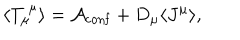
\langle T _ { \mu } ^ { ~ \mu } \rangle = { \cal A } _ { \mathrm { c o n f } } + D _ { \mu } \langle J ^ { \mu } \rangle ,